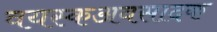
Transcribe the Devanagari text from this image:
वयस्कअवसादक